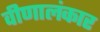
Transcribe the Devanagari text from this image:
वीणालंकार